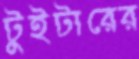
টুইটারের